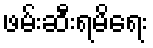
ဖမ်းဆီးရမိရေး